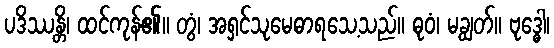
ပဒိဿန္တိ၊ ထင်ကုန်၏။ တွံ၊ အရှင်သုမေဓာရသေ့သည်။ ဓုဝံ၊ မချွတ်။ ဗုဒ္ဓေါ၊